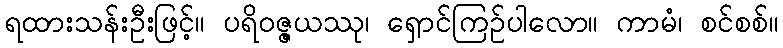
ရထားသန်းဦးဖြင့်။ ပရိဝဇ္ဇယဿု၊ ရှောင်ကြဉ်ပါလော။ ကာမံ၊ စင်စစ်။